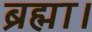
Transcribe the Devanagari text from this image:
ब्रह्मा।